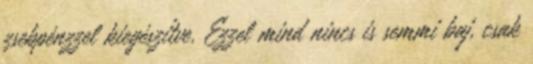
zsebpénzzel kiegészítve. Ezzel mind nincs is semmi baj, csak